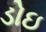
ડોઇ